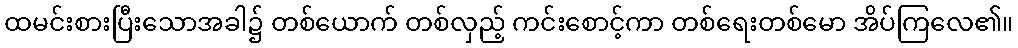
ထမင်းစားပြီးသောအခါ၌ တစ်ယောက် တစ်လှည့် ကင်းစောင့်ကာ တစ်ရေးတစ်မော အိပ်ကြလေ၏။